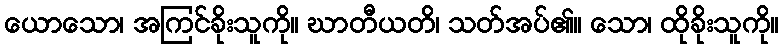
ယောသော၊ အကြင်ခိုးသူကို။ ဃာတီယတိ၊ သတ်အပ်၏။ သော၊ ထိုခိုးသူကို။